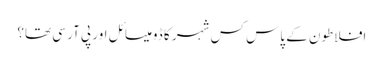
افلاطون کے پاس کس شہر کا ڈومیسائل اور پی آر سی تھا؟